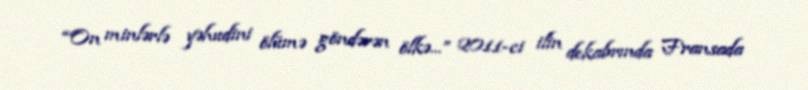
“On minlərlə yəhudini ölümə göndərən ölkə...” 2011-ci ilin dekabrında Fransada